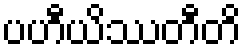
ပဟီယိဿတီတိ